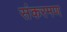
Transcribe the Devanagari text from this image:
संकरमण